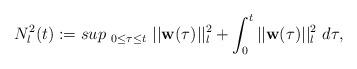
LaTeX: \begin{align*}N_{l}^{2}(t) := sup_{~ 0 \le \tau \le t ~}||\textbf{w}(\tau)||_{l}^{2} + \int_{0}^{t} ||\textbf{w}(\tau)||_{l}^{2} ~ d\tau,\end{align*}